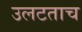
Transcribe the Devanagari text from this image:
उलटताच